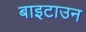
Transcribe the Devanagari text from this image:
बाइटाउन